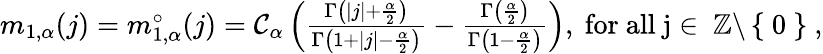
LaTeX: \begin{array}{r}{m_{1,\alpha}(j)=m_{1,\alpha}^{\circ}(j)=\mathcal{C}_{\alpha}\left(\frac{\Gamma\left(|j|+\frac{\alpha}{2}\right)}{\Gamma\left(1+|j|-\frac{\alpha}{2}\right)}-\frac{\Gamma\left(\frac{\alpha}{2}\right)}{\Gamma\left(1-\frac{\alpha}{2}\right)}\right),\mathrm{~for~all~j\in~\mathbb{Z}\backslash\left\{ ~0~\right\} ~,}}\end{array}